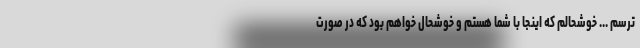
ترسم ... خوشحالم که اینجا با شما هستم و خوشحال خواهم بود که در صورت